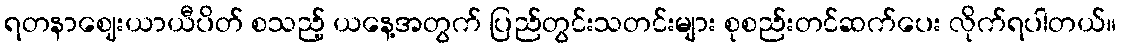
ရတနာဈေးယာယီပိတ် စသည့် ယနေ့အတွက် ပြည်တွင်းသတင်းများ စုစည်းတင်ဆက်ပေး လိုက်ရပါတယ်။